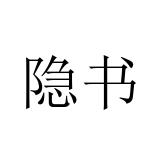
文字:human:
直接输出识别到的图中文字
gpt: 隐书